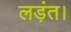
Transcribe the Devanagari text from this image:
लड़ंत।